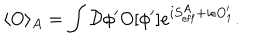
\langle O \rangle _ { A } = \int { \cal D } \phi ^ { \prime } O [ \phi ^ { \prime } ] e ^ { i S _ { \mathrm { e f f } } ^ { A } + i \epsilon O _ { 1 } ^ { \prime } } .